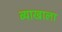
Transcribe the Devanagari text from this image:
व्‍याखाला